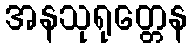
အနသုရုတ္တေန